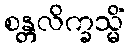
စန္တလိက္ခသ္မိံ